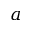
a